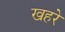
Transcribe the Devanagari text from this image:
खहरे